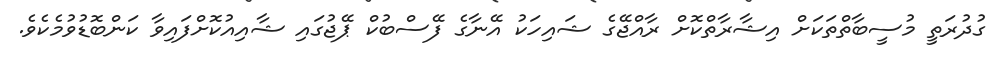
ގުދުރަތީ މުސީބާތްތަކަށް އިޝާރާތްކޮށް ރާއްޖޭގެ ޝައިހަކު އޭނާގެ ފޭސްބުކް ޕޭޖުގައި ޝާއިއުކޮށްފައިވާ ކަންބޮޑުވުމެކެވެ.